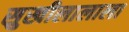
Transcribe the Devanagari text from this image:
सुखीलालाला